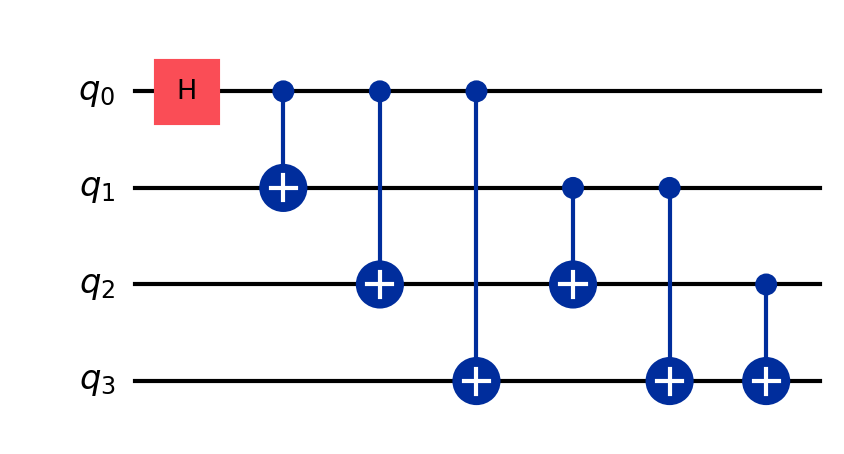
Description: 4-qubit all-pairs CNOT entanglement
描述: 4量子比特全连接CNOT纠缠
Category: qubit_scaling (difficulty: intermediate)
Qubits: 4, circuit depth: 6

Braket implementation:
from braket.circuits import Circuit
circuit = Circuit()
circuit.h(0)
for i in range(4):
    for j in range(i + 1, 4):
        circuit.cnot(i, j)